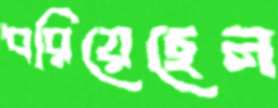
ধরিয়েছেন